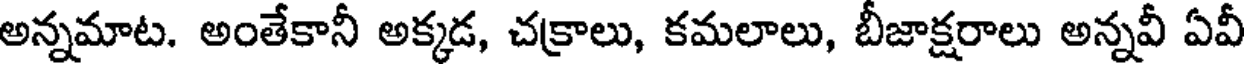
అన్నమాట. అంతేకానీ అక్కడ, చక్రాలు, కమలాలు, బీజాక్షరాలు అన్నవీ ఏవీ